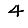
Digit: 4